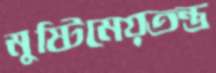
মুষ্টিমেয়তন্ত্র